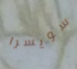
سويسرا